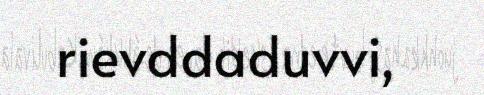
rievddaduvvi,